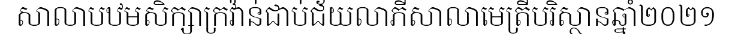
សាលាបឋមសិក្សាក្រវ៉ាន់ជាប់ជ័យលាភីសាលាមេត្រីបរិស្ថានឆ្នាំ២០២១